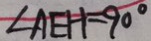
\angle A E H = 9 0 ^ { \circ }